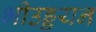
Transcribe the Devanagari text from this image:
भीउड्डयन